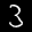
Label: 3